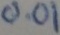
Text: 0.01